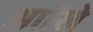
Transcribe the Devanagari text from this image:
आॉखे